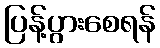
ပြန့်ပွားစေရန်